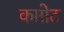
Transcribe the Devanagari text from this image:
काग्नेट